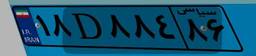
۱۸D۸۸۴۸۶